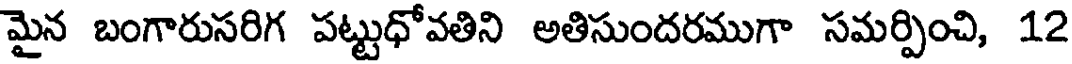
మైన బంగారుసరిగ పట్టుధోవతిని అతిసుందరముగా సమర్పించి, 12